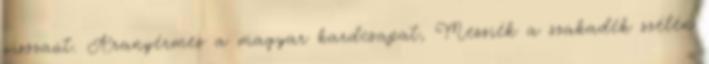
visszaút. Aranyérmes a magyar kardcsapat, Messiék a szakadék szélén